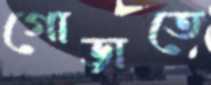
গোড়াতে